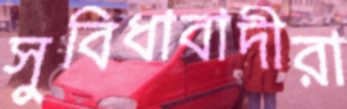
সুবিধাবাদীরা